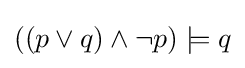
((p\lor q)\land \neg p)\models q